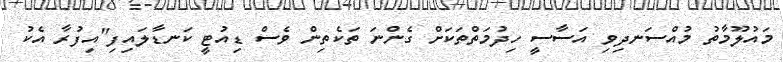
މައުލޫމާތު މުއްސަނދިވި އަސާސީ ހިދުމަތްތަކަށް ގެންނަ ތަކެތިން ވެސް ޑިއުޓީ ކަނޑާލައިފި"އިފުރާ އެކު